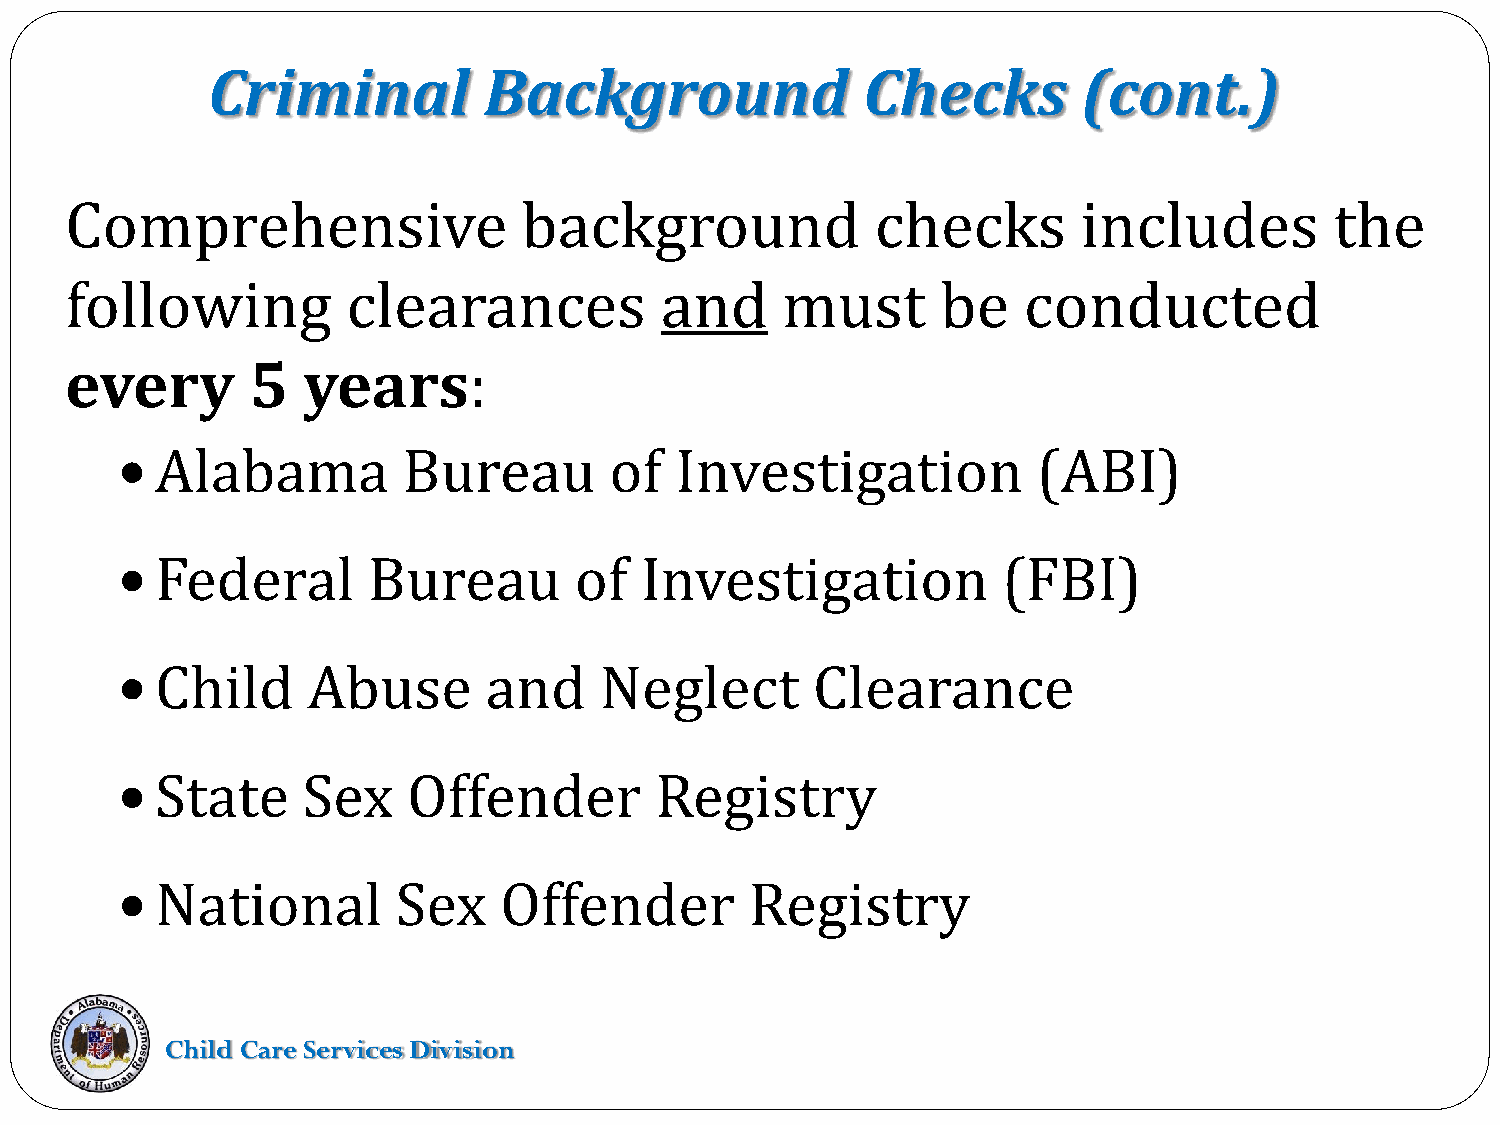
Criminal          Background               Checks         (cont.)
 Comprehensive                  background             checks        includes        the
 following          clearances           and     must      be    conducted
 every       5   years:
 Alabama          Bureau       of   Investigation           (ABI)
 
 Federal       Bureau        of  Investigation           (FBI)
 
 Child     Abuse       and     Neglect       Clearance
 
 State     Sex    Offender        Registry
 
 National        Sex    Offender         Registry
 
 Child Care Services Division